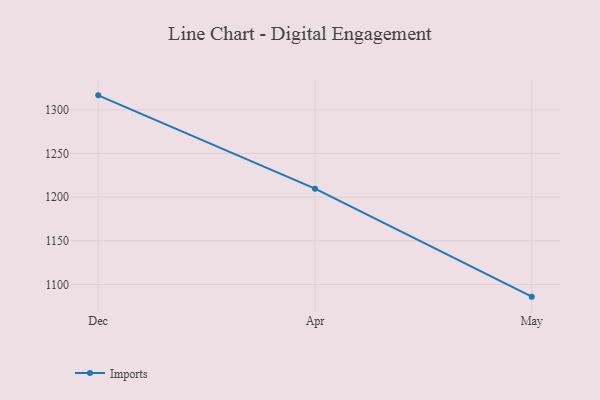
{"axis": {"x": "Month", "y": "Net Income (USD K)"}, "legend": ["Imports"], "data": [{"x": "Dec", "y": 1316.5, "type": "Imports"}, {"x": "Apr", "y": 1209.7, "type": "Imports"}, {"x": "May", "y": 1086.1, "type": "Imports"}]}